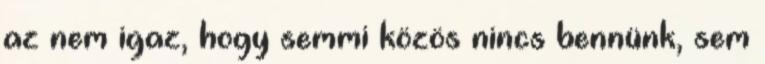
az nem igaz, hogy semmi közös nincs bennünk, sem